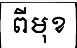
ពីមុខ